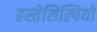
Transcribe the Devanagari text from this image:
हस्तेशिल्पियों